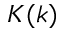
K ( k )